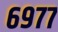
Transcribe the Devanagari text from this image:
६९७७